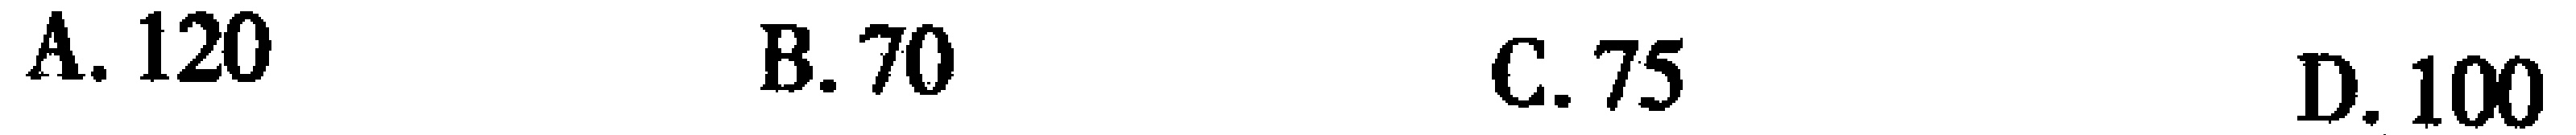
A. \(120\)  B. \(70\)  C. \(75\)  D. \(100\)